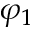
\varphi _ { 1 }